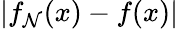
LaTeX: |f_{\mathcal{N}}(x)-f(x)|